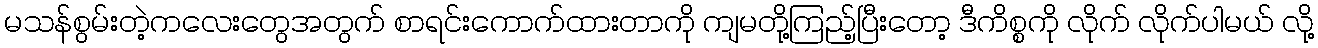
မသန်စွမ်းတဲ့ကလေးတွေအတွက် စာရင်းကောက်ထားတာကို ကျမတို့ကြည့်ပြီးတော့ ဒီကိစ္စကို လိုက် လိုက်ပါမယ် လို့